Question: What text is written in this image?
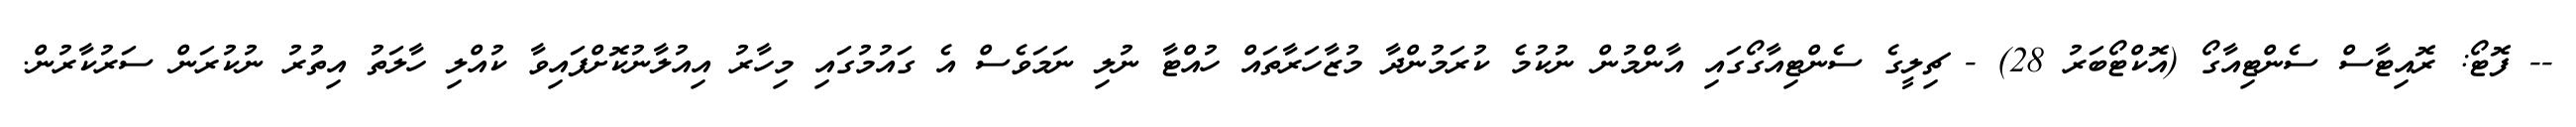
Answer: -- ފޮޓޯ: ރޮއިޓާސް ސެންޓިއާގޯ (އޮކްޓޯބަރު 28) - ޗިލީގެ ސެންޓިއާގޯގައި އާންމުން ނުކުމެ ކުރަމުންދާ މުޒާހަރާތައް ހުއްޓާ ނުލި ނަމަވެސް އެ ގައުމުގައި މިހާރު އިއުލާނުކޮށްފައިވާ ކުއްލި ހާލަތު އިތުރު ނުކުރަން ސަރުކާރުން.